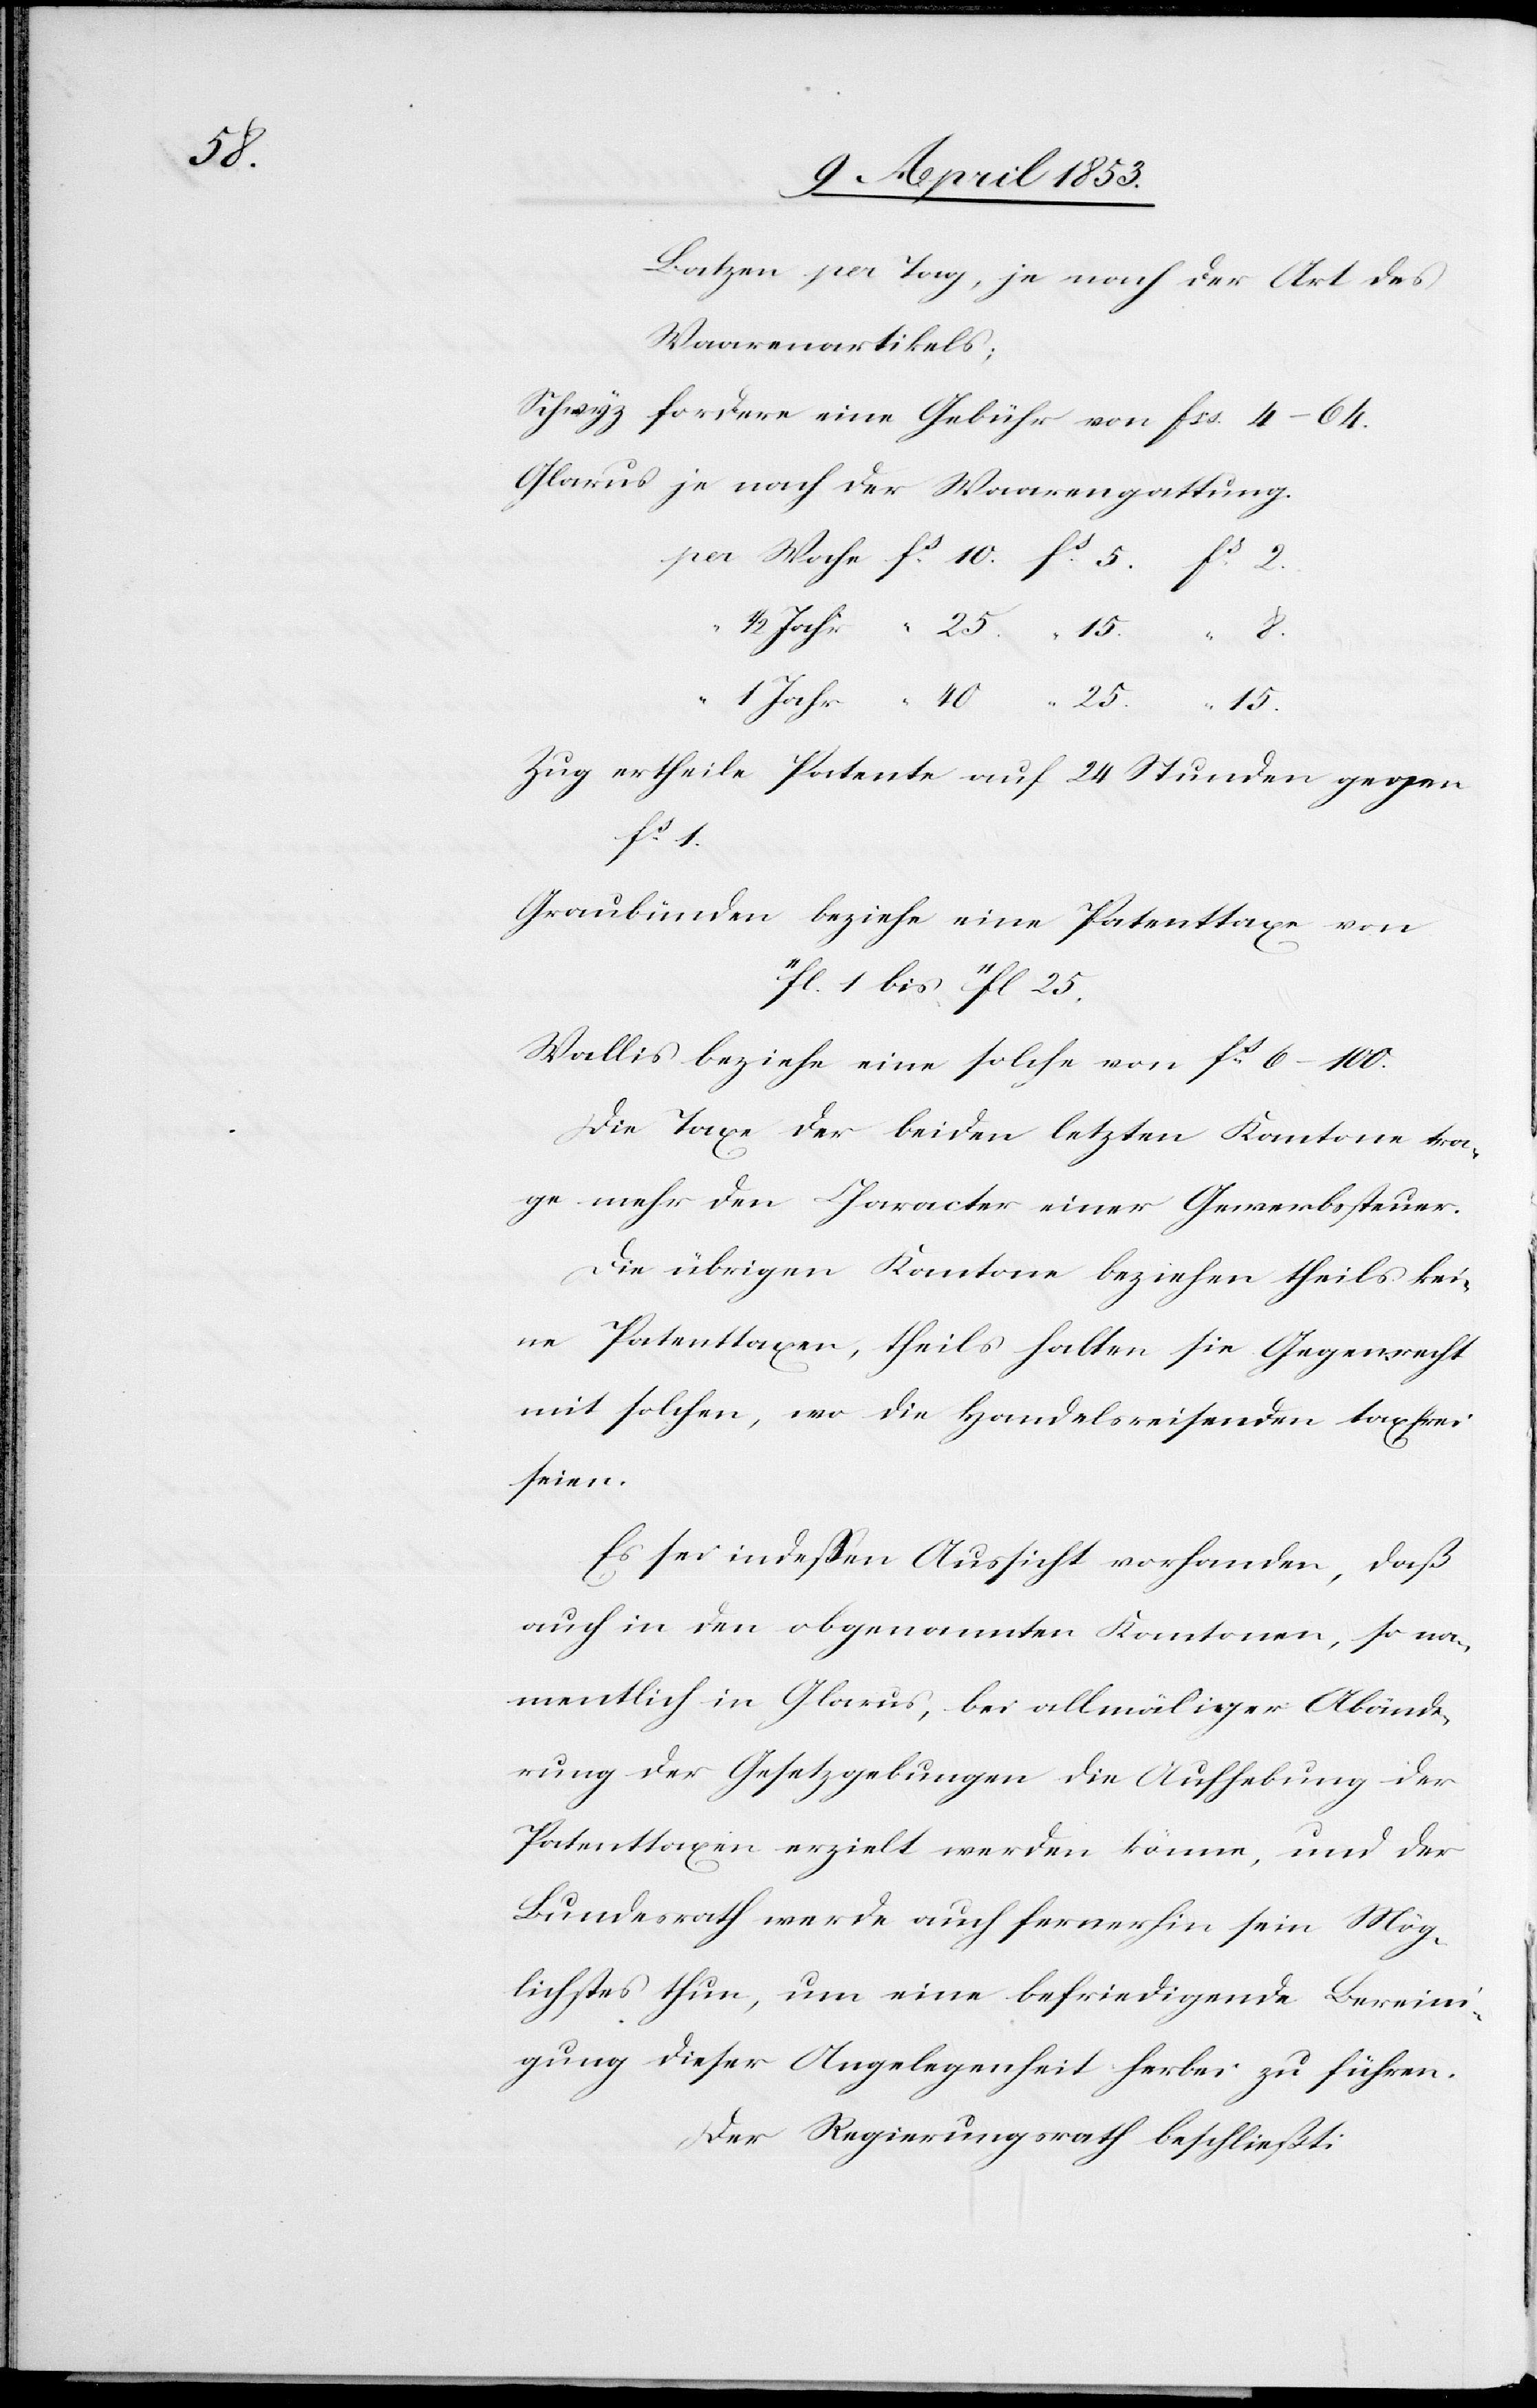
Batzen pro Tag, je nach der Art des
Waarenartikels;
Schwyz fordere eine Gebühr von fcs. 4–64
Glarus je nach der Waarengattung.
pro Woche fs. 10. fs. 5 fs. 2
Zug ertheile Patente auf 24 Stunden gegen
fs. 1.
Graubünden beziehe eine Patenttaxe von
“fl. 1 bis “fl. 25.
Wallis beziehe eine solche von fs. 6–100.
Die Taxe der beiden letzten Kantone tra¬
ge mehr den Character einer Gewerbssteuer.
Die übrigen Kantone beziehen theils kei¬
ne Patenttaxen, theils halten sie Gegenrecht
mit solchen, wo die Handelsreisenden taxfrei
seien.
Es sei indeßen Aussicht vorhanden, daß
auch in den obgenannten Kantonen, so na¬
mentlich in Glarus, bei allmäliger Abände¬
rung der Gesetzgebungen die Aufhebung der
Patenttaxe erzielt werden könne, und der
Bundesrath werde auch fernerhin sein Mög¬
lichstes thun, um eine befriedigende Bereini¬
gung dieser Angelegenheit herbei zu führen.
Der Regierungsrath beschließt: